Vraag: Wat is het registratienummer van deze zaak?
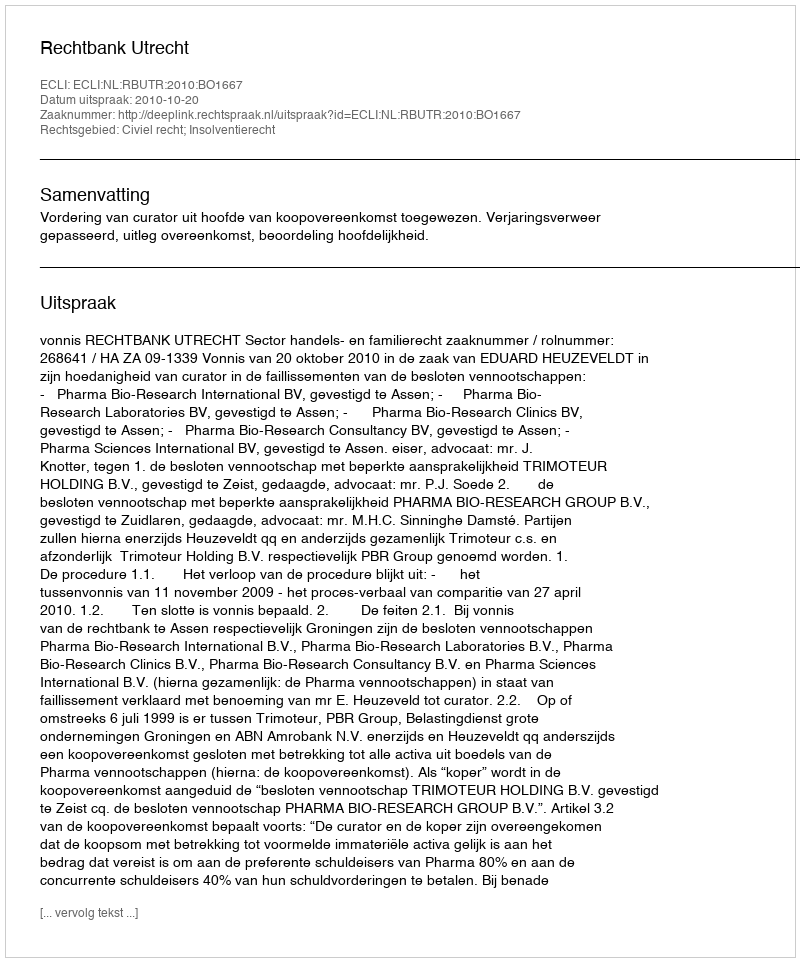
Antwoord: http://deeplink.rechtspraak.nl/uitspraak?id=ECLI:NL:RBUTR:2010:BO1667